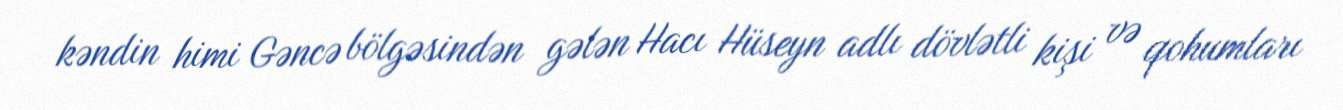
kəndin himi Gəncə bölgəsindən gələn Hacı Hüseyn adlı dövlətli kişi və qohumları